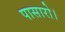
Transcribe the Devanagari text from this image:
पासारो।